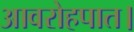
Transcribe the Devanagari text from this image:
आवरोहपात।